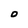
Character: 0